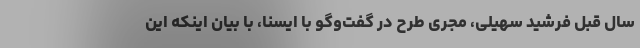
سال قبل فرشید سهیلی، مجری طرح در گفت‌وگو با ایسنا، با بیان اینکه این